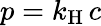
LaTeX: p=k_{\mathrm{{H}}}\, c